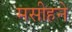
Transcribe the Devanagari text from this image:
मसीहने